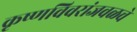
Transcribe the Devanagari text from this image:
कृष्णविवरांजवळचे